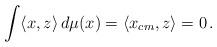
LaTeX: \begin{align*}\int \langle x,z\rangle\, d\mu(x) = \langle x_{cm},z\rangle = 0\, . \end{align*}